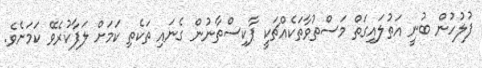
ފުލުހުން ބުނީ އަތުލައިގަތް މަސްތުވާތަކެއްޗަކީ ޕާކިސްތާނުން ގެނައި ތަކެތި ކަމަށް ލަފާކުރެވޭ ކަމަށެވެ.